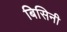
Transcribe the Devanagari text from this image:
बिसिनी